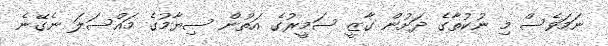
ނަމަވެސް މި ނުކުތާގެ ދަށުން ގާޒީ ސަމީރުގެ އަތުން ސިޔާމުގެ މައްސަލަ ނެގޭނެ